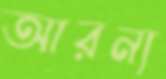
আরন্য